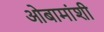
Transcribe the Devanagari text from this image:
ओबामांशी